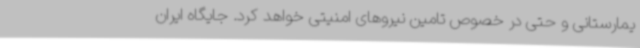
یمارستانی و حتی در خصوص تامین نیروهای امنیتی خواهد کرد. جایگاه ایران